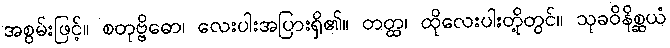
အစွမ်းဖြင့်။ စတုဗ္ဗိဓော၊ လေးပါးအပြားရှိ၏။ တတ္ထ၊ ထိုလေးပါးတို့တွင်။ သုခဝိနိစ္ဆယံ